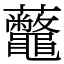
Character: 虌